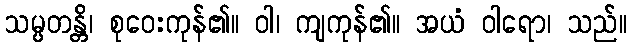
သမ္ပတန္တိ၊ စုဝေးကုန်၏။ ဝါ၊ ကျကုန်၏။ အယံ ဝါရော၊ သည်။